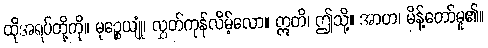
ထိုအရပ်တို့ကို။ မုဉ္စေယျုံ၊ လွှတ်ကုန်လိမ့်လော။ ဣတိ၊ ဤသို့။ အာဟ၊ မိန့်တော်မူ၏။